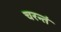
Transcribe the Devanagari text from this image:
चरन्तं